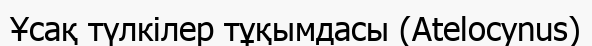
Ұсақ түлкілер тұқымдасы (Atelocynus)